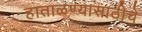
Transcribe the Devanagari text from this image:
हाताळण्यासाठीचे